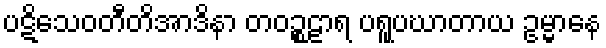
ပဋိသေဝတီတိအာဒိနာ တဝဉ္စဠာရ ပရူပဃာတာယ ဥမ္မာနေ